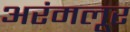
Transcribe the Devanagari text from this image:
अरंमलूर